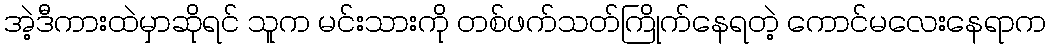
အဲ့ဒီကားထဲမှာဆိုရင် သူက မင်းသားကို တစ်ဖက်သတ်ကြိုက်နေရတဲ့ ကောင်မလေးနေရာက